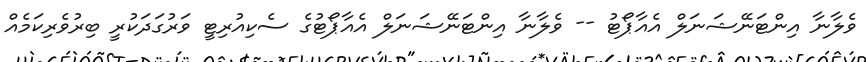
ވެލާނާ އިންޓަނޭޝަނަލް އެއާޕޯޓު -- ވެލާނާ އިންޓަނޭޝަނަލް އެއާޕޯޓުގެ ސެކިއުރިޓީ ވަރުގަދަކުރީ ބިރުވެރިކަމެއް